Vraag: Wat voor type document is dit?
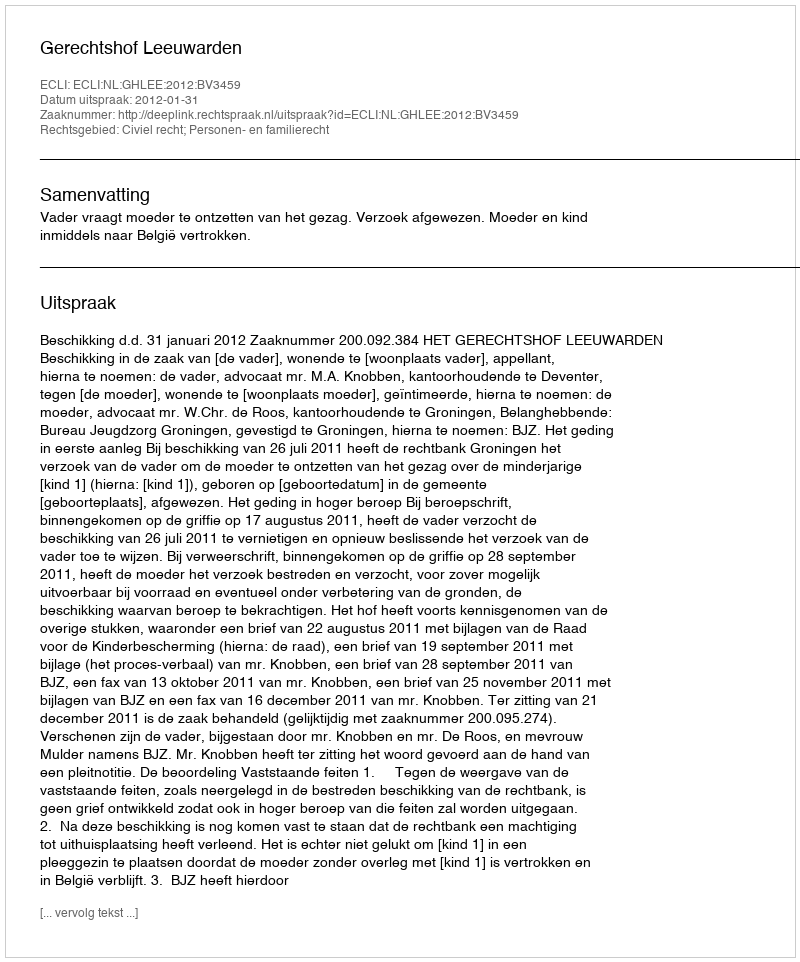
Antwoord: Uitspraak